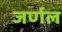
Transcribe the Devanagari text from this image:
जर्णल